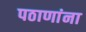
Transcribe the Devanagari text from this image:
पठाणांना